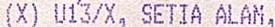
(X) U13/X, SETIA ALAM,